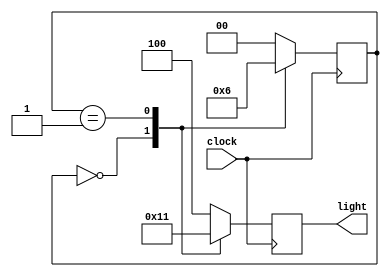
module cyclic_lamp(clock,light);
    input clock;
    output reg [2:0]light;
    reg [1:0]state;
    parameter RED=3'b100,GREEN=3'b010,YELLOW=3'b001;
    parameter s0=0,s1=1,s2=2;
    always @(posedge clock)
        case (state)
            //s0 means RED
            s0:
            begin
                light<=GREEN;state<=s1;//next goes to green
            end
            s1:
            begin
                light<=YELLOW;state<=s2;
            end
            s0:
            begin
                light<=RED;state<=s0;
            end
            default:
            begin
                light<=RED;state<=s0;
            end
        endcase
        endmodule